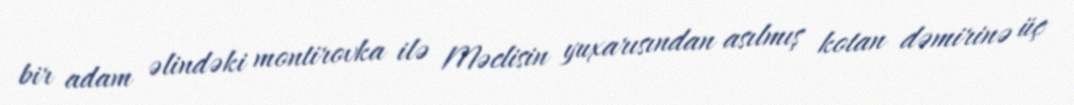
bir adam əlindəki montirovka ilə Məclisin yuxarısından asılmış kotan dəmirinə üç